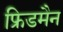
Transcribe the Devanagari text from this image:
फ्रिडमैन